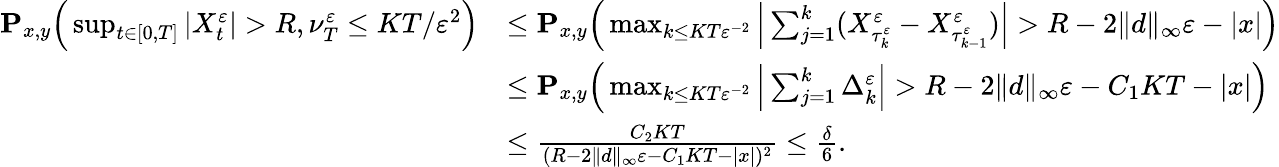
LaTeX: \begin{array}{rl}{\mathbf{P}_{x,y}\Big(\operatorname*{sup}_{t\in[0,T]}|X_{t}^{\varepsilon}|>R,\nu_{T}^{\varepsilon}\leq KT/\varepsilon^{2}\Big)}&{\leq\mathbf{P}_{x,y}\Big(\operatorname*{max}_{k\leq KT\varepsilon^{-2}}\Big|\sum_{j=1}^{k}(X_{\tau_{k}^{\varepsilon}}^{\varepsilon}-X_{\tau_{k-1}^{\varepsilon}}^{\varepsilon})\Big|>R-2\| d\| _{\infty}\varepsilon-|x|\Big)}\\ &{\leq\mathbf{P}_{x,y}\Big(\operatorname*{max}_{k\leq KT\varepsilon^{-2}}\Big|\sum_{j=1}^{k}\Delta_{k}^{\varepsilon}\Big|>R-2\| d\| _{\infty}\varepsilon-C_{1}KT-|x|\Big)}\\ &{\leq\frac{C_{2}KT}{(R-2\| d\| _{\infty}\varepsilon-C_{1}KT-|x|)^{2}}\leq\frac{\delta}{6}.}\end{array}